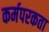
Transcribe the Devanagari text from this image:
कर्मपरकता